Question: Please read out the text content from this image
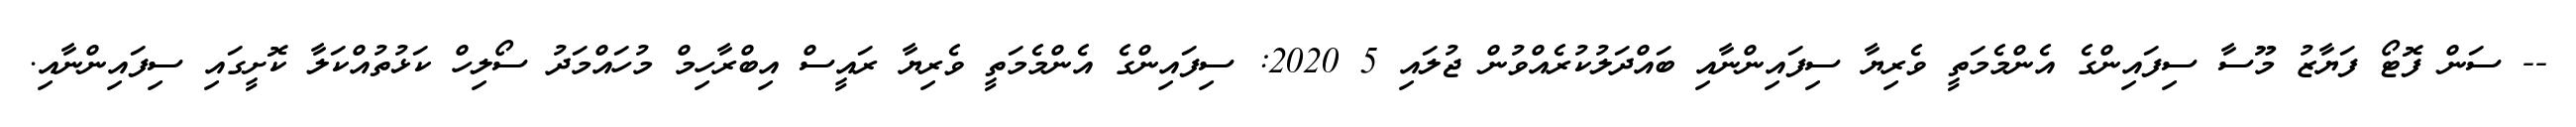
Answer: -- ސަން ފޮޓޯ ފަޔާޒު މޫސާ ސިފައިންގެ އެންމެމަތީ ވެރިޔާ ސިފައިންނާއި ބައްދަލުކުރެއްވުން ޖުލައި 5 2020: ސިފައިންގެ އެންމެމަތީ ވެރިޔާ ރައީސް އިބްރާހިމް މުހައްމަދު ސޯލިހް ކަޅުތުއްކަލާ ކޮށީގައި ސިފައިންނާއި.